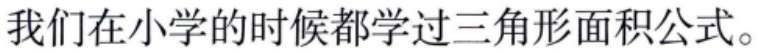
我们在小学的时候都学过三角形面积公式。